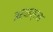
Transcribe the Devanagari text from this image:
अर्चाक्रम